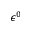
\epsilon ^ { 0 }